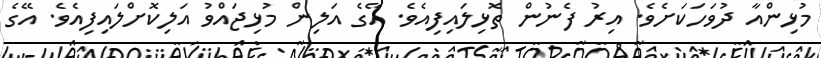
މުޅިންއާ ދުވަހަކަށެވެ. އިރު ފެނުން ތޮޅިލައިފިއެވެ. އޭގެ އަލިން މުޅިޖައްވު އަލިކޮށްލައިފިއެވެ. އޭގެ